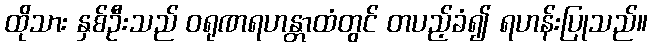
ထိုသား နှစ်ဦးသည် ဝရုဏရဟန္တာထံတွင် တပည့်ခံ၍ ရဟန်းပြုသည်။